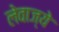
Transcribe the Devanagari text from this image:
लेवाज्ये